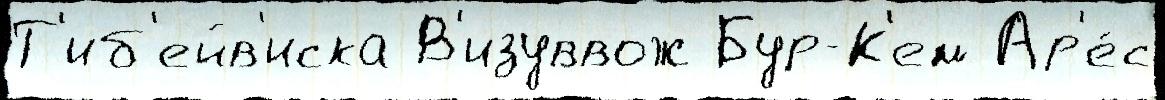
Т'иб'ейв'иска В'изуввож Бур-К'ем Ар'е́с